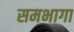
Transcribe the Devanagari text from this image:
समभागा